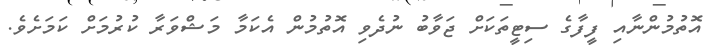
އޮތުމުންނާއި ފީފާގެ ސިޓީތަކަށް ޖަވާބު ނުދެވި އޮތުމުން އެކަމާ މަޝްވަރާ ކުރުމަށް ކަމަށެވެ.